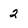
Character: 2